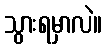
သွားရမှာလဲ။